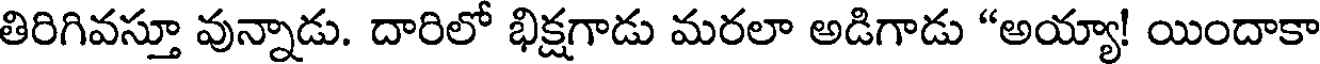
తిరిగివస్తూ వున్నాడు. దారిలో భిక్షగాడు మరలా అడిగాడు "అయ్యా! యిందాకా